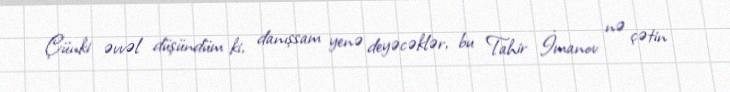
Çünki əvvəl düşündüm ki, danışsam yenə deyəcəklər, bu Tahir İmanov nə çətin